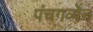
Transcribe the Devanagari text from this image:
पंचगव्येन